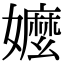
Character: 嬷